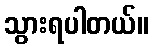
သွားရပါတယ်။